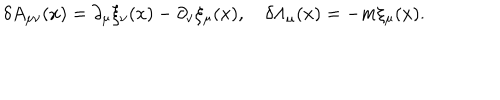
\delta A _ { \mu \nu } ( x ) = \partial _ { \mu } \xi _ { \nu } ( x ) - \partial _ { \nu } \xi _ { \mu } ( x ) , \quad \delta \Lambda _ { \mu } ( x ) = - m \xi _ { \mu } ( x ) .